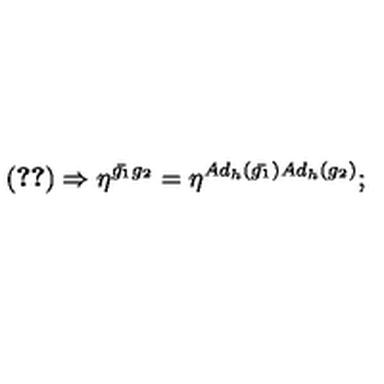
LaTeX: ( \ref { m e t r i c } ) \Rightarrow \eta ^ { { \bar { g _ { 1 } } } g _ { 2 } } = \eta ^ { A d _ { h } ( { \bar { g _ { 1 } } } ) A d _ { h } ( g _ { 2 } ) } ;